Medical and sanitary report of the native army of Bengal for the year
Year: 1876
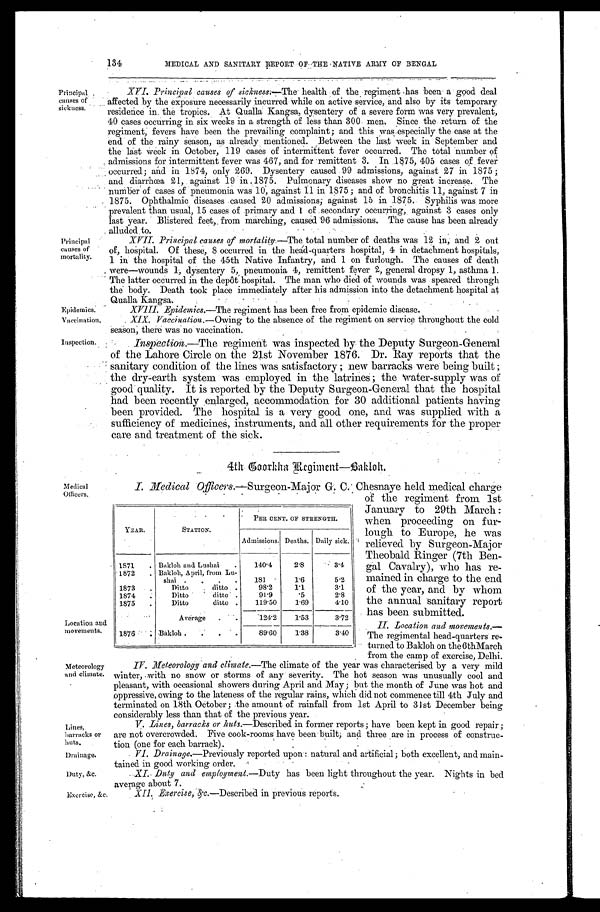
Principal,
causes of
sickness.
Principal
causes of
mortality.
Epidemics.
Vaccinatiof
Inspection.
Medical
Officers.
Lines,
barracks or
huts.
Drainage.
Duty, &c.
Exercise, &c.
YEAR.
STATION.
PER CENT. OF STRENGTH.
Admissions. Deaths. Daily sick
1871
Bakloh and Lushai
140.4
2.8
3.4
1872
Bakloh, April, from Lu-
shai
181
1.6
5.2
1873
Ditto ditto
98. 2
1.1
3.1
1874
Ditto ditto
91.9
.5
2.8
1875
Ditto ditto
119.50
1.69
4.10
Average
124.2
1.53
3.72
1876
Bakloh
89.60
1.38
3.40
Location and
movements.
Meteorology
and climate.
134
MEDI CAL AND SANI TARY REPORT OF THE NATI VE ARMY OF BENGAL
X V I . P r i n c i p a l c a u s e s o f s i c k n e s s : — T h e h e a l t h o f t h e
. r e g i m e n t h a s b e e n a g o o d d e a l
affected by the exposure necessarily incurred while on active service, and also by its temporary
residence in. the tropics. At Qualla Kangsa, dysentery of a severe form was very prevalent,
40 cases occurring in six weeks in a strength of less than 300 men. Since the return of the
r e g i m e n t , f e v e r s h a v e b e e n t h e p r e v a i l i n g c o m p l a i n t ; a n d t h i s w a s e s p e c i a l l y t h e c a s e a t t h e
end of the rainy season, as already mentioned. Between the last -week in September and
the last week in October, 119 cases of intermittent fever occurred. The total number of
admissions for intermittent fever was 467, and for remittent 3. In 1875, 405 cases of fever
occurred; and in 1874, only 269. Dysentery caused 99 admissions, against 27 in 1875
; and diarrhœa 21, against 19 in 1875. Pulmonary diseases show no great increase. The
number of cases of pneumonia was 10, against 11 in 1875; and of bronchitis 11, against 7 in
1875. Ophthalmic diseases caused 20 admissions; against 15 in 1875. Syphilis was more
prevalent than usual, 15 cases of primary and l of secondary occurring, against 3 cases only
last year. Blistered feet, from marching, caused 96 admissions. The cause has been already
alluded to.
XVII. Principal causes of mortalitv. —The total number of deaths was 12 in; and 2 out
of, hospital. Of these, 8 occurred in the head-quarters hospital, 4 in detachment hospitals,
1 in the hospital of the 45th Native Infantry, and 1 on furlough. The causes of death
were—wounds 1, dysentery 5, pneumonia 4, remittent fever 2, general dropsy 1, asthma 1.
The latter occurred in the depôt hospital. The man who died of wounds was speared through
the body. Death took place immediately after his admission into the detachment hospital at
Qualla Kangsa.
XVIII. Epidemics. —The regiment has been free from epidemic disease.
XIX. Vaccination.—Owing to the absence of the regiment on service throughout the cold
season, there was. no vaccination.
Inspection.—The regiment was inspected by the Deputy Surgeon-General
of the Lahore Circle on the 21st November 1876. Dr. Ray reports that the
sanitary condition of the lines was satisfactory; new barracks were being built;
the dry-earth system was employed in the latrines; the 'water-supply was of
good quality. It is reported by the Deputy Surgeon-General that the hospital
had been recently .enlarged, accommodation for 30 additional patients having
been provided. The hospital is a very good one, and was supplied with a
sufficiency of medicines, instruments, and all other requirements for the proper
care and treatment of the sick.
4th Goorkha Regiment—Bakloh.
I. Medical Officers.—Surgeon-Major G. C. Chesnaye held medical charge
of the regiment from 1st
January to 29th March:
when proceeding on fur
-lough to Europe, he was
relieved by Surgeon-Major
Theobald Ringer (7th Ben
-gal Cavalry), who has re
-mained in charge to the end
of the year, and by whom
the annual sanitary report
has been submitted.
II. Location and movements.—
The regimental head-quarters re-
turned to Bakloh on the 6thMarch
from the camp of exercise, Delhi.
IV. Meteorology and climate. —The climate of the year was characterised by a very mild
winter, with no snow or storms of any severity. The hot season was unusually cool and
pleasant, with occasional showers during April and May; but the month of June was hot and
oppressive, owing to the lateness of the regular rains, which did not commence till 4th July and
terminated on 18th October; the amount of rainfall from 1st April to 3 st December being
considerably less than that of the previous year.
V. Lines, barracks or huts.—Described in former reports; have been kept in good repair;
are not overcrowded. Five cook-rooms have been built; and three are in process of construc
-tion (one for each barrack).
VI. Drainage.—Previously reported upon: natural and artificial; both excellent, and main
- t a i n e d i n g o o d w o r k i n g o r d e r .
XI. Duty and employment. —Duty has been light throughout the year. Nights in bed
average about 7.
XII. Exercise, &c.—Described in previous reports.